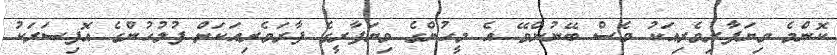
ކޮންމެ ވިޔަފާރިވެރިއަކު ވެސް ބޭނުންވޭ އެ މީހުންގެ ވިޔަފާރީގެ ފާރަވެރިއަކަށް ފުލުހުންގެ އޮފިސަރަކު